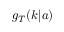
g _ { T } ( k | a )